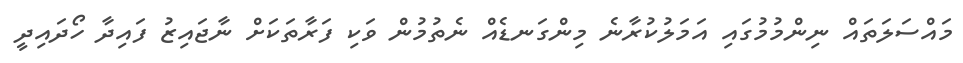
މައްސަލަތައް ނިންމުމުގައި އަމަލުކުރާނެ މިންގަނޑެއް ނެތުމުން ވަކި ފަރާތަކަށް ނާޖައިޒު ފައިދާ ހޯދައިދީ